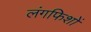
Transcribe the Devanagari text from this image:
लंगफिशों